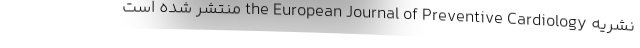
نشریه the European Journal of Preventive Cardiology منتشر شده است